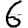
Digit: 6